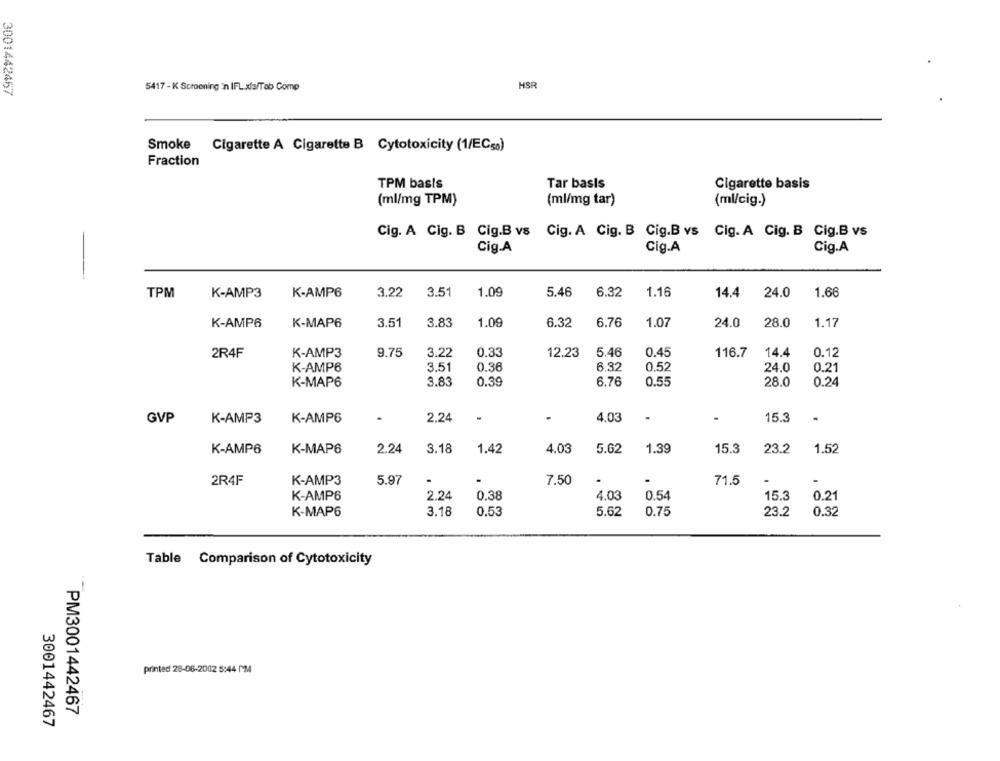
HSR
3001442467
5417 - K Screening 'n IFL x/a/Tab Come
Smoke Cigarette A Cigarette B Cytotoxicity (1/ECso)
Fraction
TPM basis
Tar basis
Cigarette basis
(ml/mg TPM)
(ml/mg tar)
(ml/cig.)
Cig. A Cig. B Cig.B vs Cig. A Cig. B Cig.B vs Cig. A Cig. B Cig.B vs
Cig.A
Cig.A
Cig.A
-
TPM
K-AMP3
K-AMP6
3.22
3.51
1.09
5.46
6.32
1.16
14.4
24.0
1.66
K-AMP6
K-MAP6
3.51
3.83
1.09
6.32
6.76
1.07
24.0
28.0
1.17
2R4F
K-AMP3
9.75
3.22
0.33
12.23
5.46
0.45
116.7
14.4
0.12
6.32
0.52
K-AMP6
3.51
0.36
24.0
0.21
K-MAP6
3.83
0.39
6.76
0.55
28.0
0.24
GVP
K-AMP3
K-AMP6
2.24
-
4.03
.
15.3
K-AMP6
K-MAP6
2.24
3.18
1.42
4.03
5.62
1.39
15.3
23.2
1.52
K-AMP3
5.97
7.50
.
71.5
2R4F
.
-
K-AMP6
2.24
0.38
4.03
0.54
15.3
0.21
K-MAP6
3.18
0.53
5.62
0.75
23.2
0.32
Table Comparison of Cytotoxicity
--
printed 28-06-2002 5:44 PM
PM3001442467
3001442467